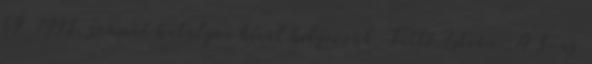
69 1998. számút hatályon kívül helyezzük. Tüttő István: A 3-as